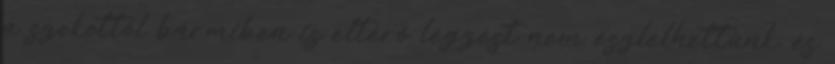
a szokottól bármiben is eltérõ légzést nem észlelhettünk, és